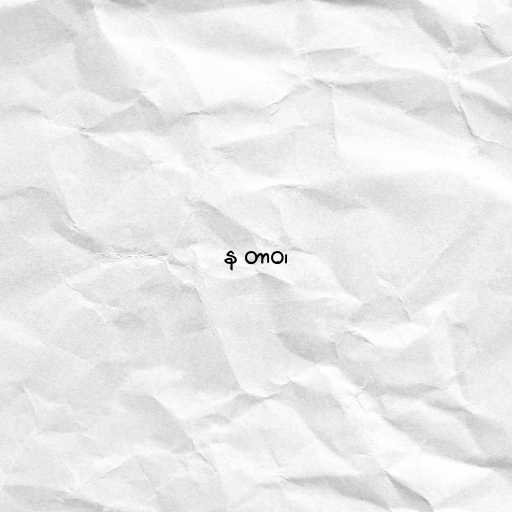
န တာဝ၊